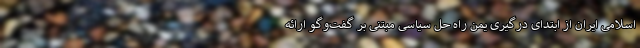
اسلامی ایران از ابتدای درگیری یمن راه حل سیاسی مبتنی بر گفت‌وگو ارائه